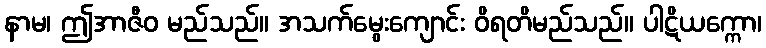
နာမ၊ ဤအာဇီဝ မည်သည်။ အသက်မွေးကျောင်း ဝိရတိမည်သည်။ ပါဋိယက္ကော၊